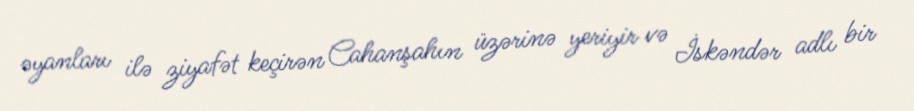
əyanları ilə ziyafət keçirən Cahanşahın üzərinə yeriyir və İskəndər adlı bir